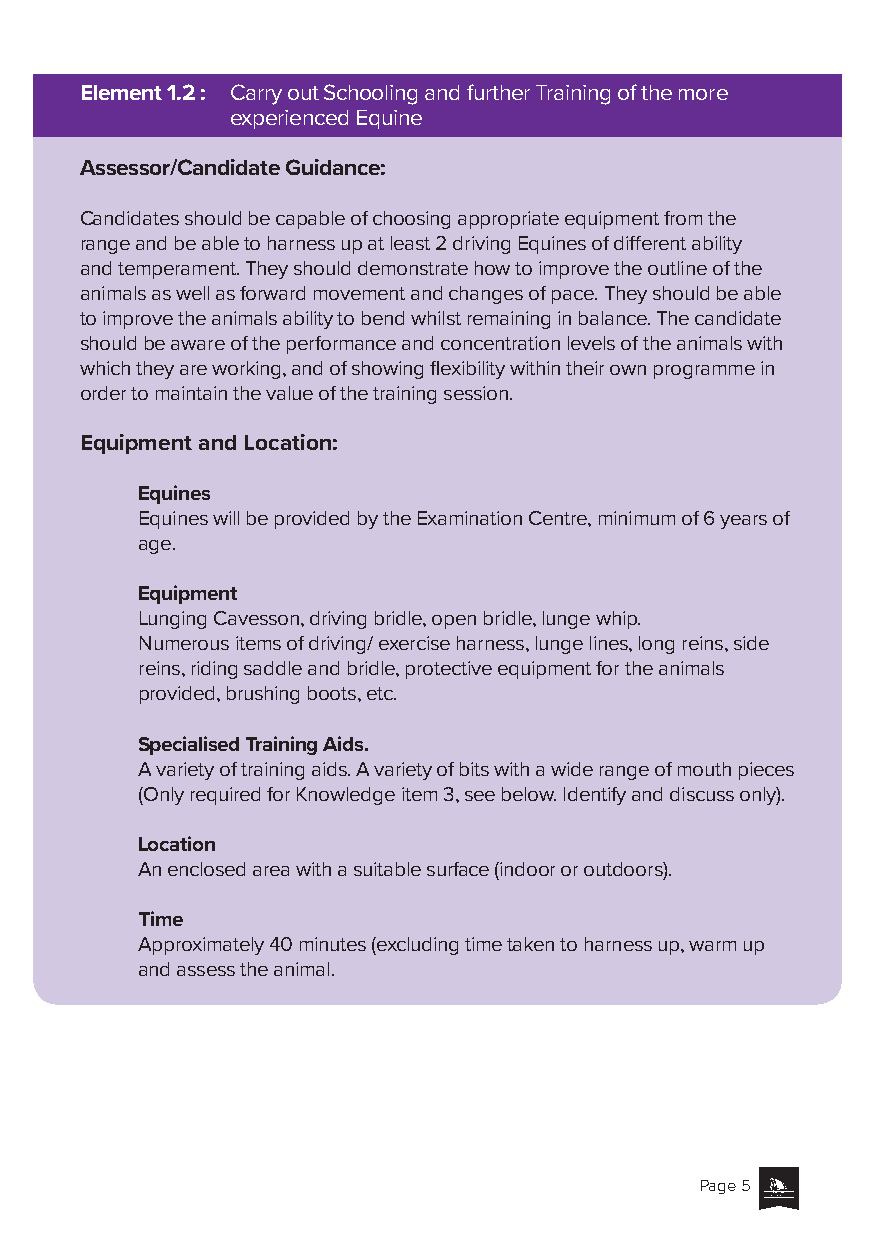
Element 1.2 : Carry out Schooling and further Training of the more
 experienced Equine
 Assessor/Candidate Guidance:
 Candidates should be capable of choosing appropriate equipment from the
 range and be able to harness up at least 2 driving Equines of different ability
 and temperament. They should demonstrate how to improve the outline of the
 animals as well as forward movement and changes of pace. They should be able
 to improve the animals ability to bend whilst remaining in balance. The candidate
 should be aware of the performance and concentration levels of the animals with
 which they are working, and of showing flexibility within their own programme in
 order to maintain the value of the training session.
 Equipment and Location:
 Equines
 Equines will be provided by the Examination Centre, minimum of 6 years of
 age.
 Equipment
 Lunging Cavesson, driving bridle, open bridle, lunge whip.
 Numerous items of driving/ exercise harness, lunge lines, long reins, side
 reins, riding saddle and bridle, protective equipment for the animals
 provided, brushing boots, etc.
 Specialised Training Aids.
 A variety of training aids. A variety of bits with a wide range of mouth pieces
 (Only required for Knowledge item 3, see below. Identify and discuss only).
 Location
 An enclosed area with a suitable surface (indoor or outdoors).
 Time
 Approximately 40 minutes (excluding time taken to harness up, warm up
 and assess the animal.
 Page 5